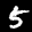
Label: 5